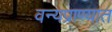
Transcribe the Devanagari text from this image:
वन्यप्राण्यात